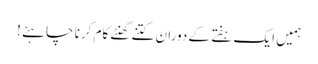
ہمیں ایک ہفتے کے دوران کتنے گھنٹے کام کرنا چاہئے !